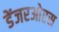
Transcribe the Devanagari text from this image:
डेंजरओएस